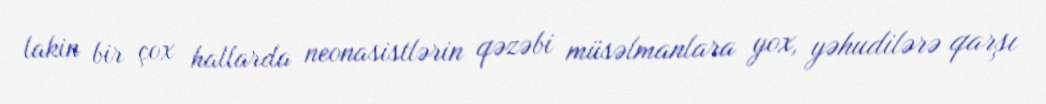
lakin bir çox hallarda neonasistlərin qəzəbi müsəlmanlara yox, yəhudilərə qarşı